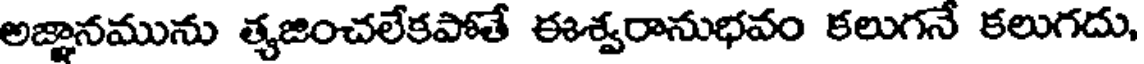
అజ్ఞానమును త్యజించలేకపోతే ఈశ్వరానుభవం కలుగనే కలుగదు